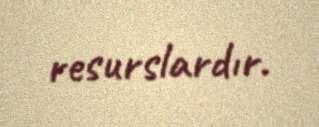
resurslardır.